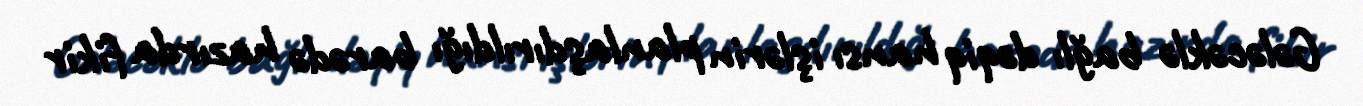
Gələcəklə bağlı dəqiq hansı işlərin planlaşdırıldığı barədə hazırda fikir